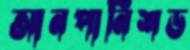
আনপানিশড